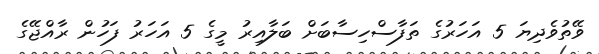
ވޭތުވެދިޔަ 5 އަހަރުގެ ތަފާސްހިސާބަށް ބަލާއިރު މީގެ 5 އަހަރު ފަހުން ރާއްޖޭގެ